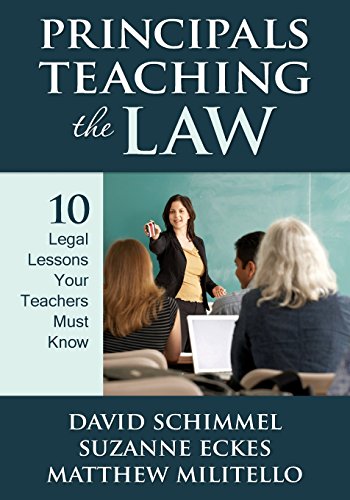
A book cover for Principals Teaching the Law: 10 Legal Lessons Your Teachers Must Know; David M. Schimmel; Law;